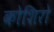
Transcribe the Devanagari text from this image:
कोशिरो